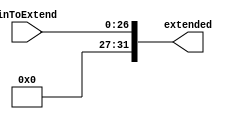
module signExtendTarget(extended, inToExtend);
	input [26:0] inToExtend;
	output [31:0] extended;

	assign extended[26:0] = inToExtend;
	assign extended[27] = 1'b0;
	assign extended[28] = 1'b0;
	assign extended[29] = 1'b0;
	assign extended[30] = 1'b0;
	assign extended[31] = 1'b0;

endmodule